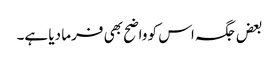
بعض جگہ اس کو واضح بھی فرما دیا ہے۔